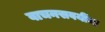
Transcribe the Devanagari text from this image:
वाचनसवयींचा